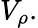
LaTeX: V_{\rho}.